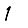
Digit: 1